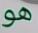
هو